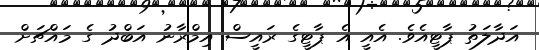
އަދާލަތު ޕާޓީއެވެ. އެއީ އެ ޕާޓީގެ ރައީސް އިމްރާނު އަބްދު ގެ މައްޗަށް